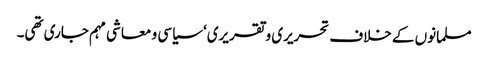
مسلمانوں کے خلاف تحریری و تقریری‘ سیاسی و معاشی مہم جاری تھی۔